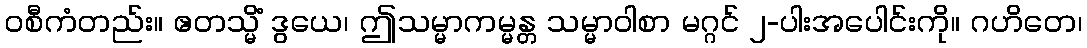
ဝစီကံတည်း။ ဧတသ္မိံ ဒွယေ၊ ဤသမ္မာကမ္မန္တ သမ္မာဝါစာ မဂ္ဂင် ၂-ပါးအပေါင်းကို။ ဂဟိတေ၊